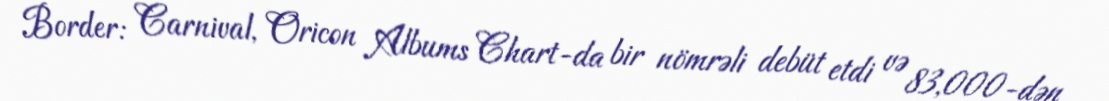
Border: Carnival, Oricon Albums Chart-da bir nömrəli debüt etdi və 83,000-dən